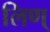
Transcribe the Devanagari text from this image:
लिण्